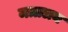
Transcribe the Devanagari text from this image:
मत्रालय